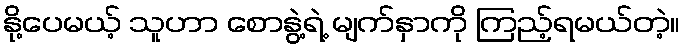
နို့ပေမယ့် သူဟာ စောနွဲ့ရဲ့ မျက်နှာကို ကြည့်ရမယ်တဲ့။